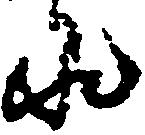
泉